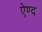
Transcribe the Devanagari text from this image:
ऐण्द